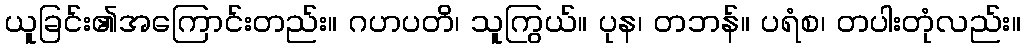
ယူခြင်း၏အကြောင်းတည်း။ ဂဟပတိ၊ သူကြွယ်။ ပုန၊ တဘန်။ ပရံစ၊ တပါးတုံလည်း။